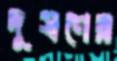
দূষণের